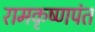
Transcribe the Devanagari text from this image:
रामकृष्णपंत